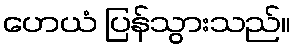
ဟေယံ ပြန်သွားသည်။